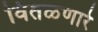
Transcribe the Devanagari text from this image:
वितळणारे